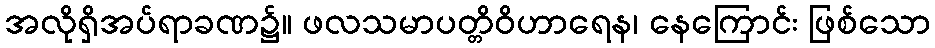
အလိုရှိအပ်ရာခဏ၌။ ဖလသမာပတ္တိဝိဟာရေန၊ နေကြောင်း ဖြစ်သော